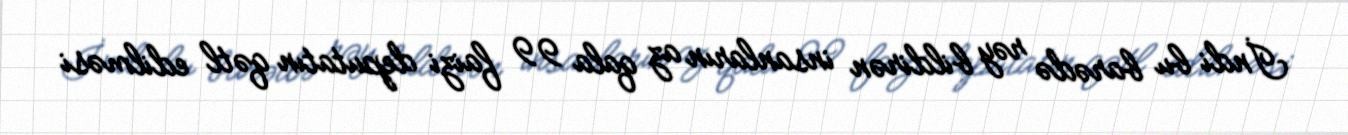
İndi bu barədə rəy bildirən insanların az qala 99 faizi deputatın qətl edilməsi